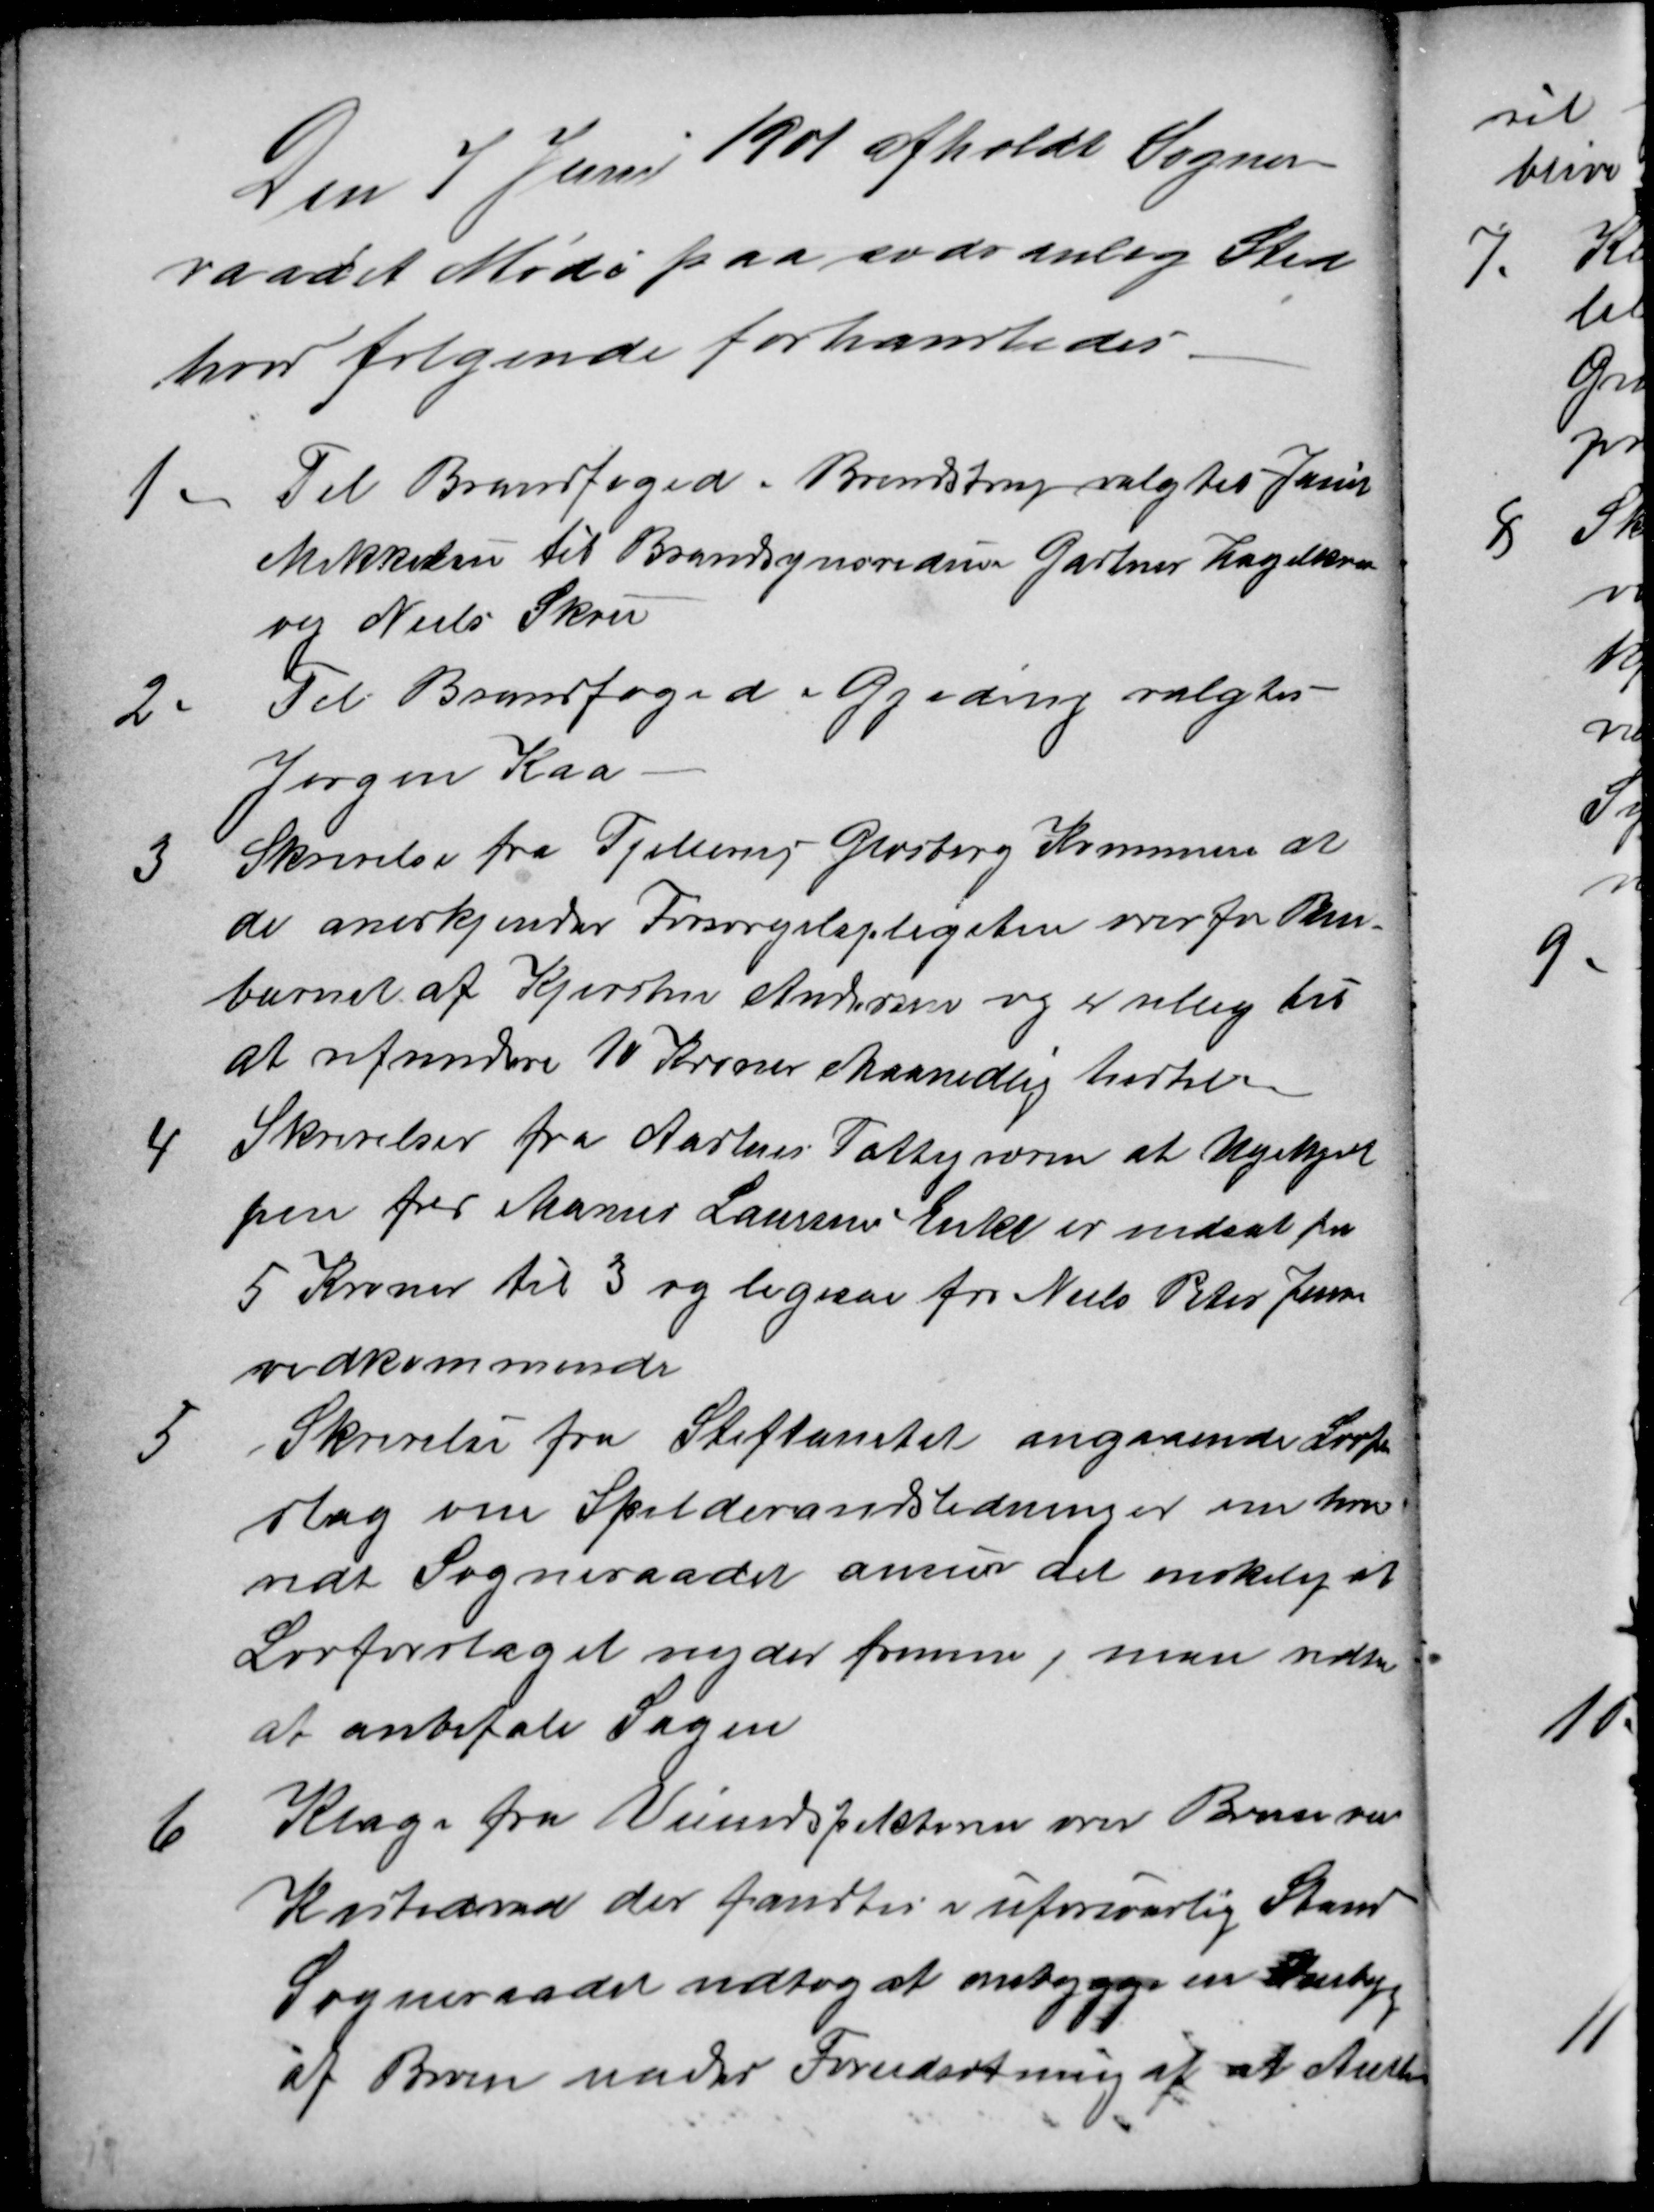
Transskription:
Den 7 Juni 1901 afholdt Sogne-
raadet Møde paa sædvanlig Sted
hvor følgende forhandledes.
1. Til Brandfoged i Brendstrup valgtes Jacob
Mikkelsen til Brandsynsvidner Gartner Hagelkvist
og Niels Skou
2 Til Brandfoged i Gjeding valgtes
Jørgen Kaa
3. Skrivelse fra Fjellerup Glæsborg Kommune at
de anerkjender Forsørgelspligten overfor Pleie-
barnet af Kjersten Andersen og er villig til
at refundere 10 Kroner Maanedlig hertil
4 Skrivelser fra Aarhus Fattigvæsen at Ugehjæl
pen for Marius Laursens Enke er nedsat fra
5 Kroner til 3 og ligesaa for Niels Peter Jensens
vedkommende
5
Skrivelse fra Stiftamtet angaaende Lovfor
slag om Spildevandsledninger om hvor-
vidt Sogneraadet anser det ønskelig at
Lovforslaget nyder fremme, man vedtog
at anbefale Sagen
6 Klage fra Veiindspektøren over Broen ved
Kastedvad der fandtes i uforsvarlig Stand
Sogneraadet vedtog at ombygge en Stenbyg
af Broen under Forudsætning af at Amtet